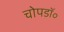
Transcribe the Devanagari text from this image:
चोपडॉ॰